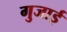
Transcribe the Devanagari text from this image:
गुजाई